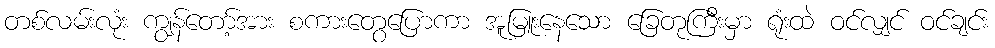
တစ်လမ်းလုံး ကျွန်တော့်အား စကားတွေပြောကာ အူမြူးနေသော ခြေတုကြီးမှာ ရုံးထဲ ဝင်လျှင် ဝင်ချင်း